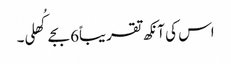
اس کی آنکھ تقریباً6 بجے کُھلی۔